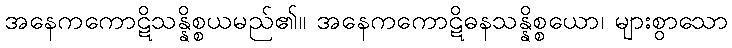
အနေကကောဋိသန္နိစ္စယမည်၏။ အနေကကောဋိဓနသန္နိစ္စယော၊ များစွာသော